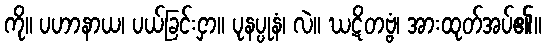
ကို။ ပဟာနာယ၊ ပယ်ခြင်းငှာ။ ပုနပ္ပုနံ၊ လဲ။ ဃဋိတဗ္ဗံ၊ အားထုတ်အပ်၏။